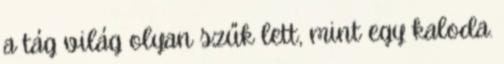
a tág világ olyan szűk lett, mint egy kaloda.